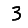
Digit: 3